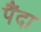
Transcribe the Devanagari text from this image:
पैंदा